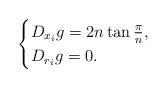
LaTeX: \begin{align*}\begin{cases}D_{x_i}g= 2n \tan \frac{\pi}{n},\\D_{r_i}g=0.\end{cases}\end{align*}